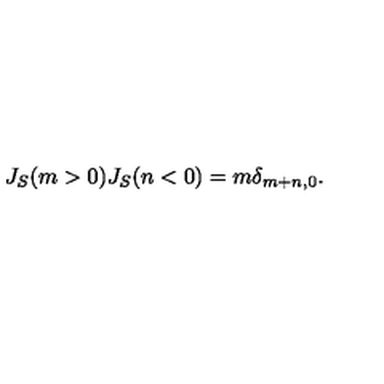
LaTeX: J _ { S } ( m > 0 ) J _ { S } ( n < 0 ) = m \delta _ { m + n , 0 } .